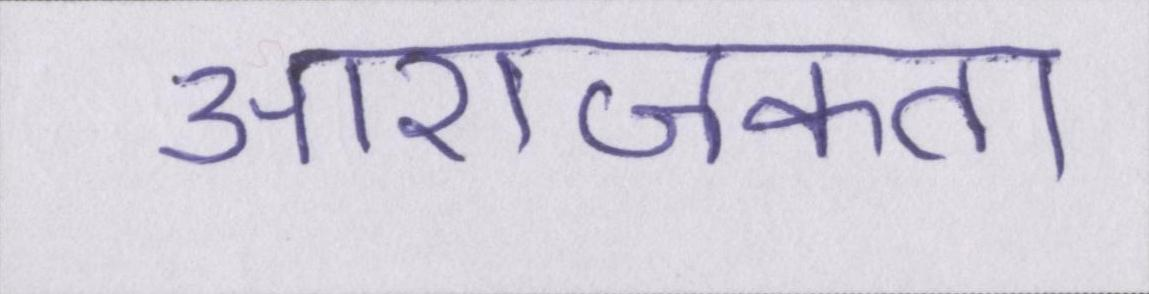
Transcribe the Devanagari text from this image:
आराजकता